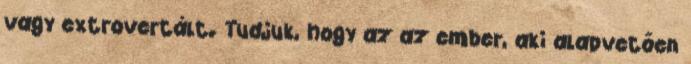
vagy extrovertált. Tudjuk, hogy az az ember, aki alapvetően